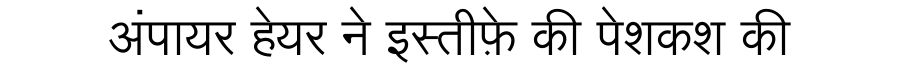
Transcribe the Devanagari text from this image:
अंपायर हेयर ने इस्तीफ़े की पेशकश की